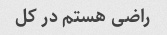
راضی هستم در کل